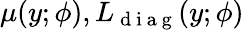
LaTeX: \mu(y;\phi),L_{\mathrm{~d~i~a~g~}}(y;\phi)